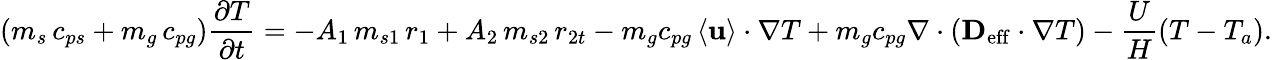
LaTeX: (m_{s}\, c_{ps}+m_{g}\, c_{pg})\frac{\partial T}{\partial t}=-A_{1}\, m_{s1}\, r_{1}+A_{2}\, m_{s2}\, r_{2t}-m_{g}c_{pg}\left<\mathbf{u}\right>\cdot\mathbf{\nabla}T+m_{g}c_{pg}\nabla\cdot\left(\mathbf{D_{\mathrm{eff}}}\cdot\nabla T\right)-\frac{U}{H}(T-T_{a}).